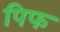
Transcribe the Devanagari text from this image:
पिफ